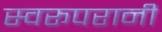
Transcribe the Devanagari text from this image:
स्वरूपरानी